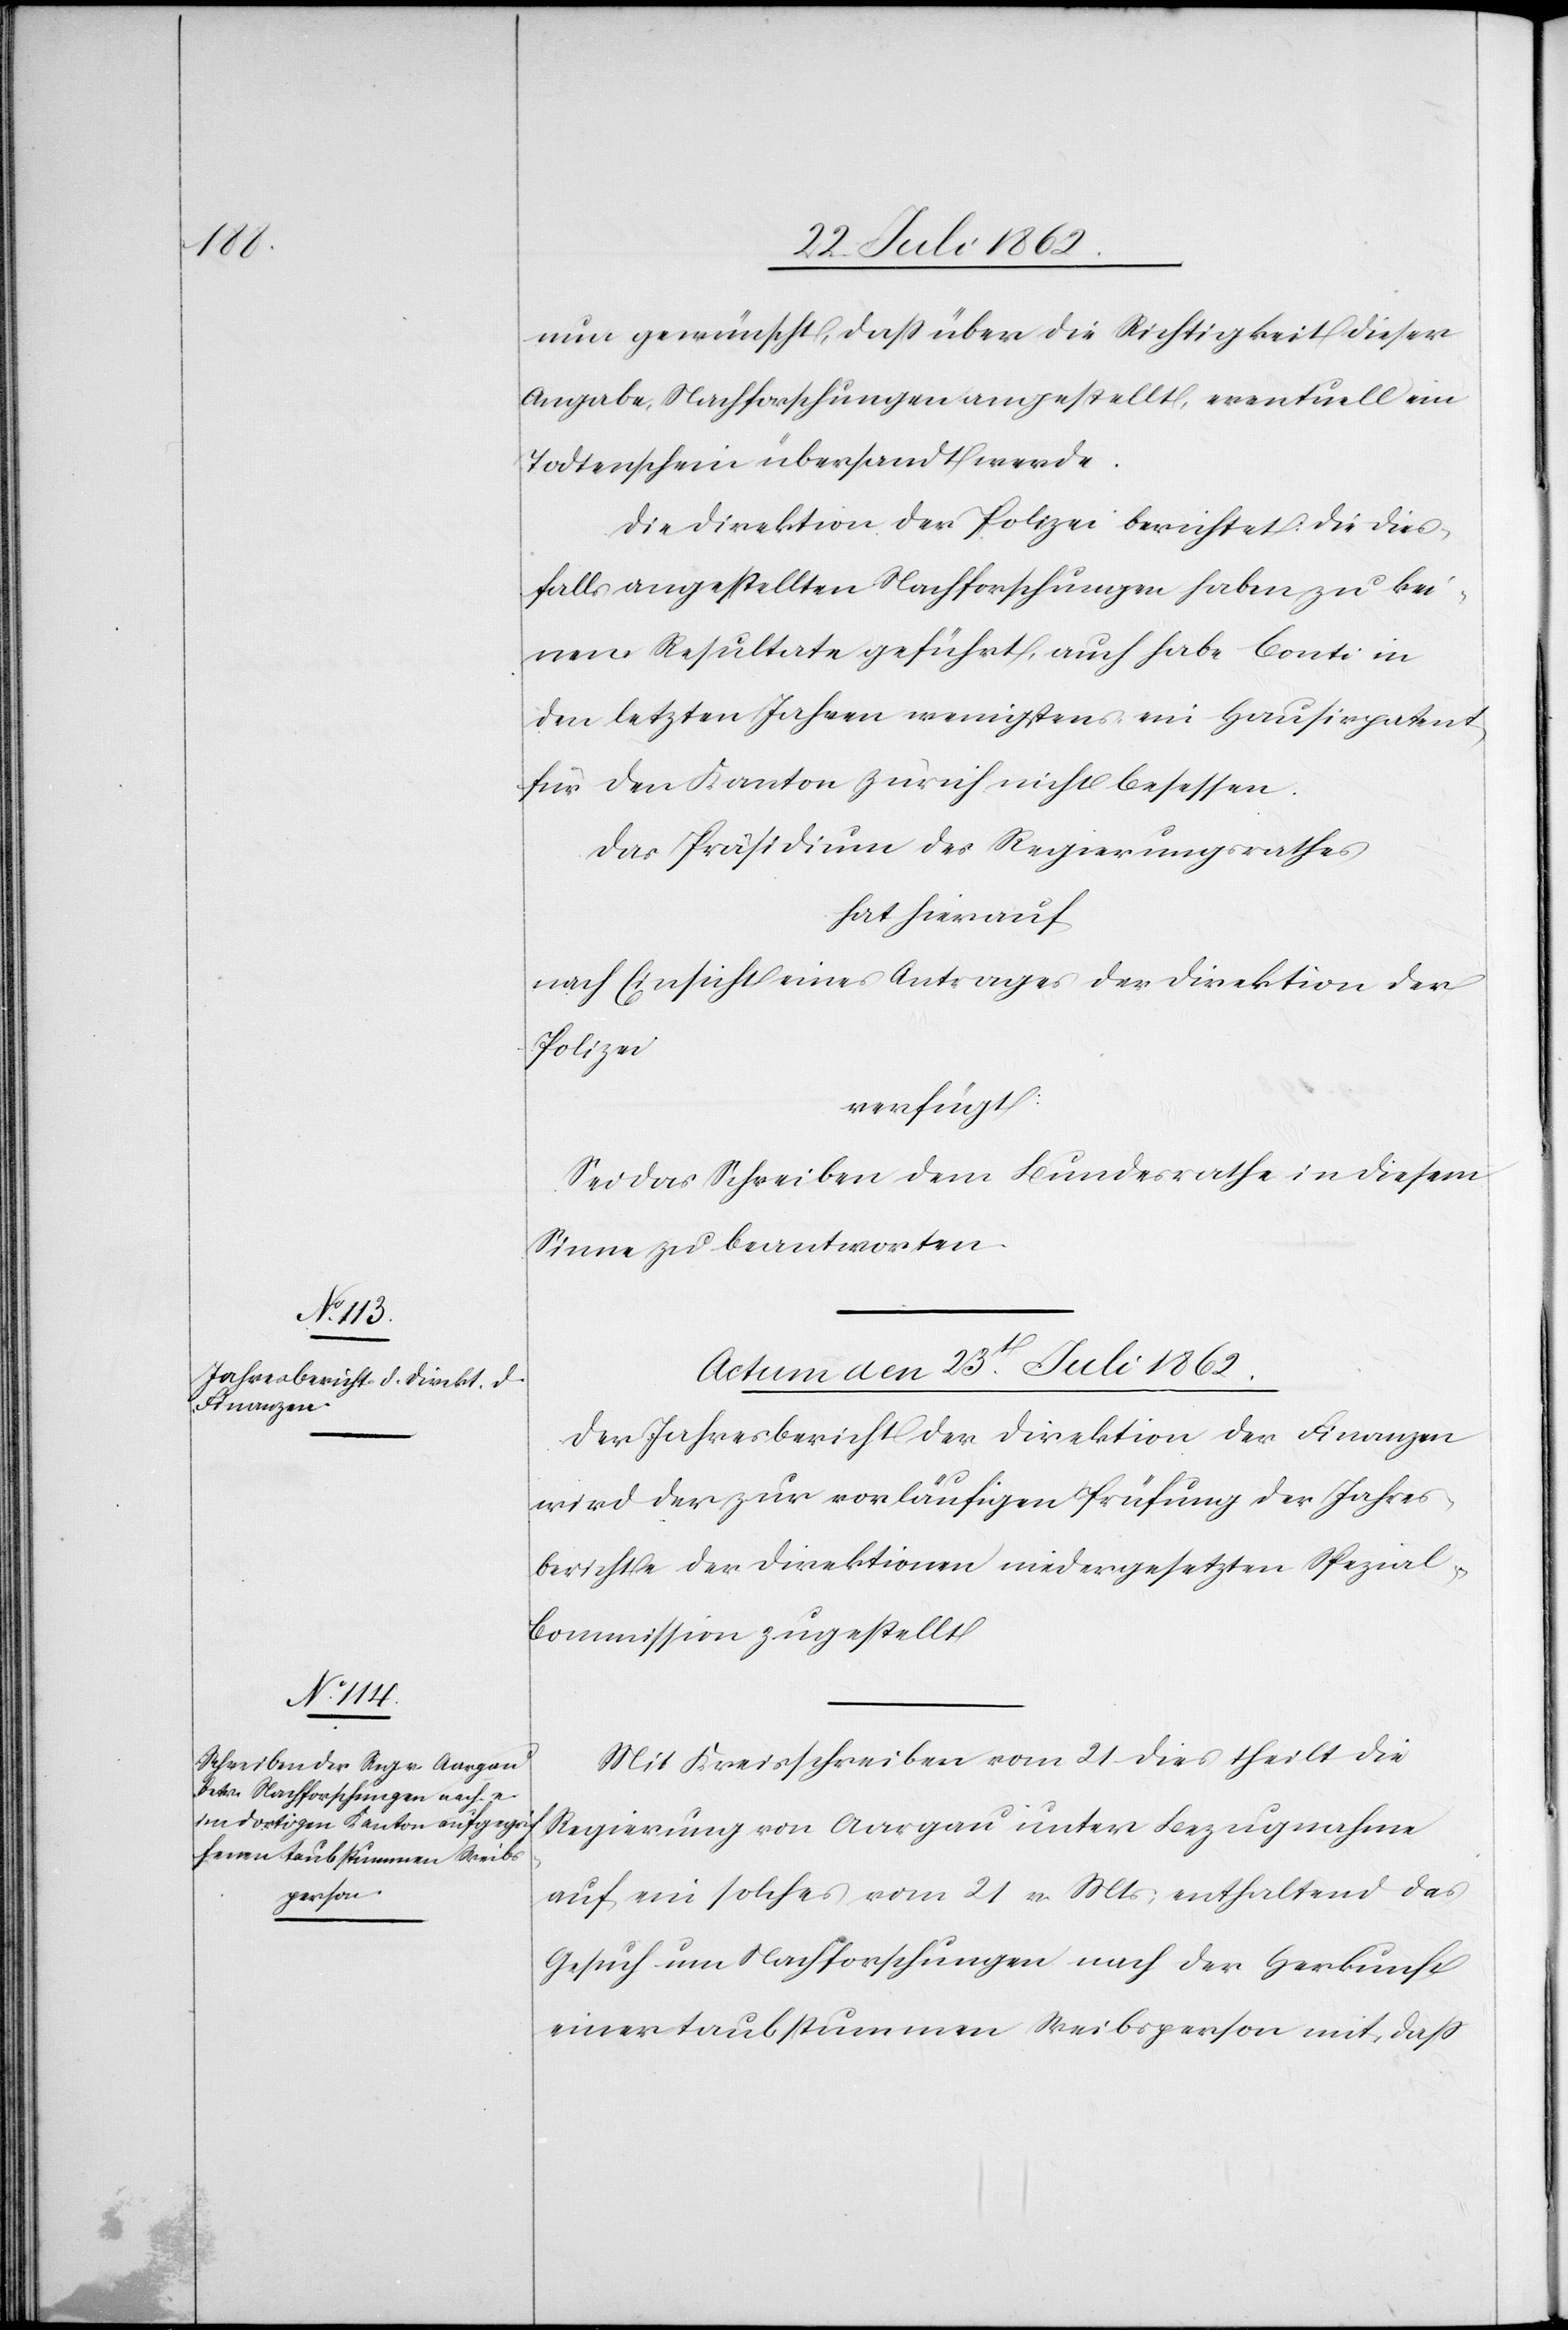
nun gewünscht, daß über die Richtigkeit dieser
Angabe, Nachforschungen angestellt, eventuell ein
Todtenschein übersandt werde.
Die Direktion der Polizei berichtet: Die dies¬
falls angestellten Nachforschungen haben zu kei¬
nem Resultate geführt, auch habe Conti in
den letzten Jahren wenigstens ein Hausirpatent
für den Kanton Zürich nicht besessen.
Das Präsidium des Regierungsrathes
hat hierauf
nach Einsicht eines Antrages der Direktion der
Polizei
verfügt:
Sei das Schreiben dem Bundesrathe in diesem
Sinne zu beantworten.
Actum den 23t Juli 1862.]
Der Jahresbericht der Direktion der Finanzen
wird der zur vorläufigen Prüfung des Jahres¬
berichtes der Direktionen niedergesetzten Spezial-C¬
ommission zugestellt.
Mit Kreisschreiben vom 21. dies theilt die
Regierung von Aargau unter Bezugnahme
auf ein solches vom 21. v. Mts., enthaltend das
Gesuch um Nachforschungen nach der Herkunft
einer taubstummen Weibsperson mit, daß